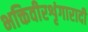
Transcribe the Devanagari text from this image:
भक्तिवीरशृंगारादी